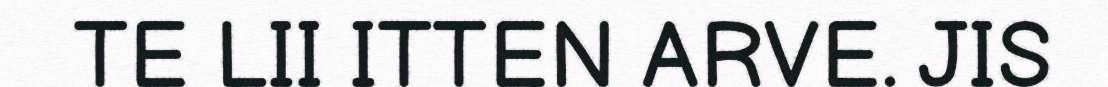
TE LII ITTEN ARVE. JIS